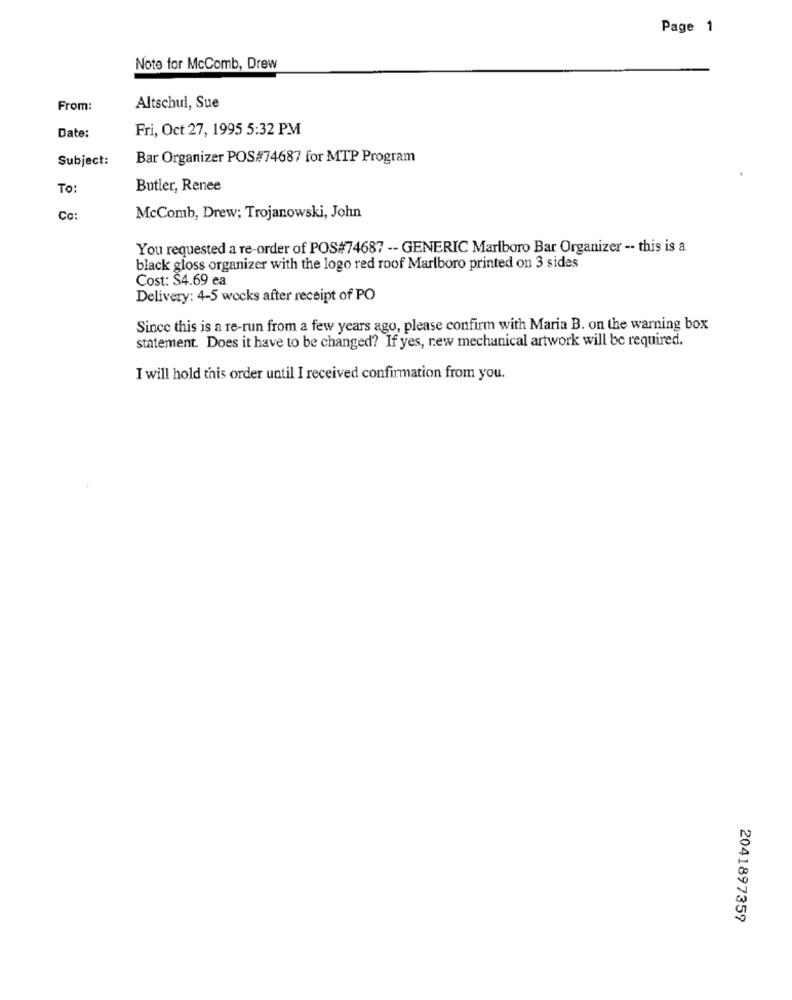
Page 1
Note for McComb, Drew
From:
Altschul, Sue
Fri, Oct 27, 1995 5:32 PM
Date:
Subject:
Bar Organizer POS#74687 for MTP Program
To:
Butler, Renee
Cc:
McComb, Drew; Trojanowski, John
You requested a re-order of POS#74687 -- GENERIC Marlboro Bar Organizer -- this is a
black gloss organizer with the logo red roof Marlboro printed on 3 sides
Cost: $4.69 ea
Delivery: 4-5 weeks after receipt of PO
Since this is a re-run from a few years ago, please confirm with Maria B. on the warning box
statement. Does it have to be changed? If yes, rew mechanical artwork will be required.
I will hold this order until I received confirmation from you.
2041897359